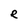
Character: e